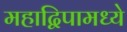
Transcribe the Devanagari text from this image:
महाद्विपामध्ये